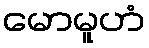
မောမူဟံ